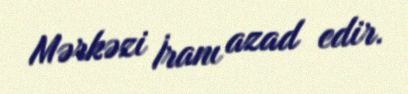
Mərkəzi İranı azad edir.